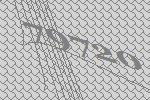
79720